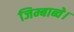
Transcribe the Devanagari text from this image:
जिम्बाब्वे।